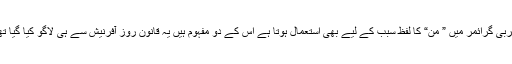
عربی گرائمر میں ” مَنْ“ کا لفظ سبب کے لیے بھی استعمال ہوتا ہے اس کے دو مفہوم ہیں یہ قانون روز آفرنیش سے ہی لاگو کیا گیا تھا۔